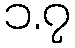
၁.၇